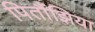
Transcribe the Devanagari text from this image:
पितौंझिया